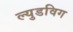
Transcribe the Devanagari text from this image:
ल्युडविग